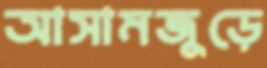
আসামজুড়ে